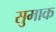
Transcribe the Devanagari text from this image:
सुमाक